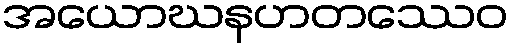
အယောဃနဟတဿေဝ